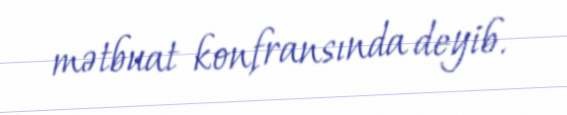
mətbuat konfransında deyib.